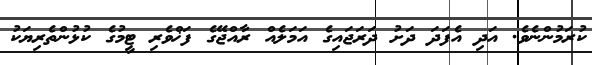
ކުރަމުންނެވެ. އަދި އެފަދަ ދަށު ދަރަޖައިގެ އަމަލެއް ރާއްޖޭގެ ފަޚްވެރި ޓީމުގެ ކުޅުންތެރިޔަކު